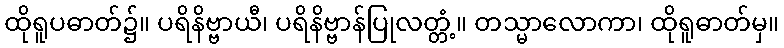
ထိုရူပဓာတ်၌။ ပရိနိဗ္ဗာယီ၊ ပရိနိဗ္ဗာန်ပြုလတ္တံ့။ တသ္မာလောကာ၊ ထိုရူဓာတ်မှ။